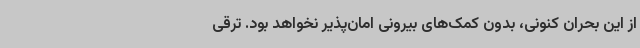
از این بحران کنونی، بدون کمک‌های بیرونی امان‌پذیر نخواهد بود. ترقی